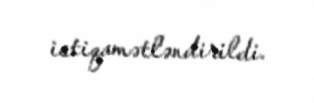
istiqamətləndirildi.